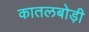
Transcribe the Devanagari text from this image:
कातलबोड़ी